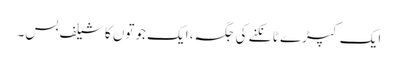
ایک کپڑے ٹانکنے کی جگہ، ایک جوتوں کا شیلف بس۔